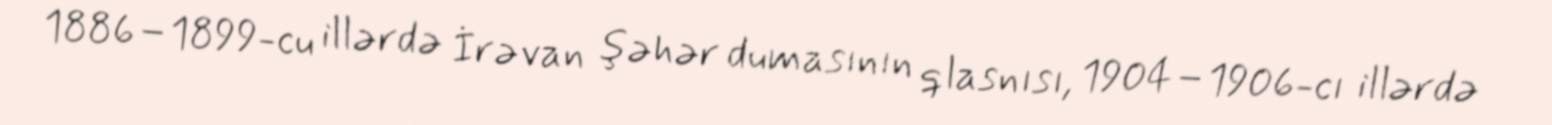
1886–1899-cu illərdə İrəvan şəhər dumasının qlasnısı, 1904–1906-cı illərdə